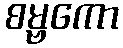
စမ္ဗကော